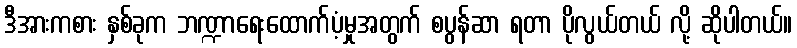
ဒီအားကစား နှစ်ခုက ဘဏ္ဍာရေးထောက်ပံ့မှုအတွက် စပွန်ဆာ ရတာ ပိုလွယ်တယ် လို့ ဆိုပါတယ်။